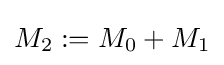
M_{2}:=M_{0}+M_{1}